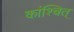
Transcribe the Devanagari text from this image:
कांश्चित्